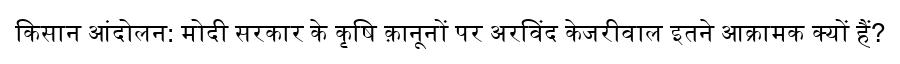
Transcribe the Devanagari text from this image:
किसान आंदोलन: मोदी सरकार के कृषि क़ानूनों पर अरविंद केजरीवाल इतने आक्रामक क्यों हैं?